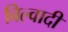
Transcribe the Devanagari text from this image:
बिल्वादी